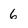
Character: 6